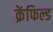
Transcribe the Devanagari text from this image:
क्रेंफिल्ड